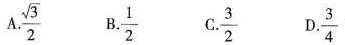
A.\frac{ \sqrt{3}}{2} B.\frac{1}{2} C.\frac{3}{2} D.\frac{3}{4}